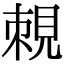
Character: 𧠵